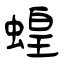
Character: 蝗